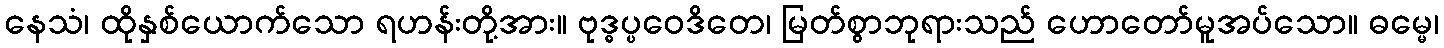
နေသံ၊ ထိုနှစ်ယောက်သော ရဟန်းတို့အား။ ဗုဒ္ဓပ္ပဝေဒိတေ၊ မြတ်စွာဘုရားသည် ဟောတော်မူအပ်သော။ ဓမ္မေ၊